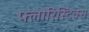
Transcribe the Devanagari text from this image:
फ्लोरिस्टिक्स